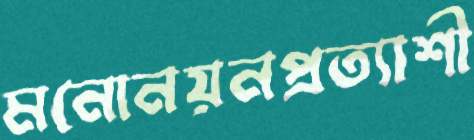
মনোনয়নপ্রত্যাশী